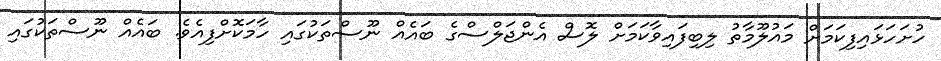
ހުށަހަޅައިފިކަމަށް މައުލޫމާތު ލިބިފައިވާކަމަށް ލޮސް އެންޖަލްސްގެ ބައެއް ނޫސްތަކުގައި ހާމަކޮށްފިއެވެ. ބައެއް ނޫސްތަކުގައި